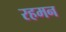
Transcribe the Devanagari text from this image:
रहमन